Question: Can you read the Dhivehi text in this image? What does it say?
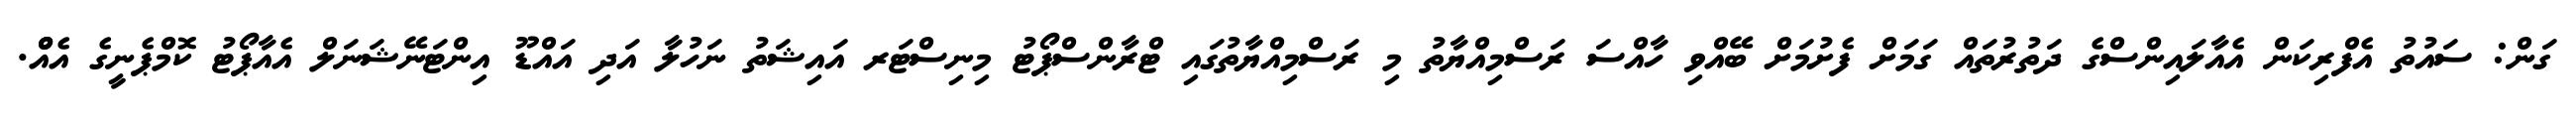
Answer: ގަން: ސައުތު އެފްރިކަން އެއާލައިންސްގެ ދަތުރުތައް ގަމަށް ފެށުމަށް ބޭއްވި ހާއްސަ ރަސްމިއްޔާތު މި ރަސްމިއްޔާތުގައި ޓްރާންސްޕޯޓު މިނިސްޓަރ އައިޝަތު ނަހުލާ އަދި އައްޑޫ އިންޓަނޭޝަނަލް އެއާޕޯޓު ކޮމްޕެނީގެ އެއްް.